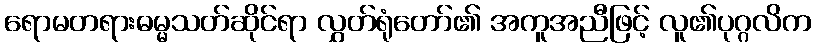
ရောမတရားဓမ္မသတ်ဆိုင်ရာ လွှတ်ရုံတော်၏ အကူအညီဖြင့် လူ၏ပုဂ္ဂလိက